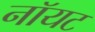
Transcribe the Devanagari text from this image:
नॉयट